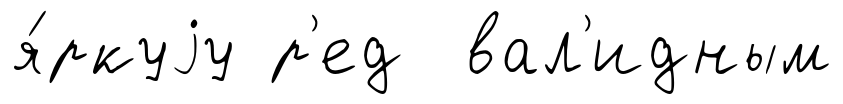
я́ркуjу р'ед вал'идным